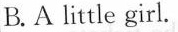
B.A little girl.